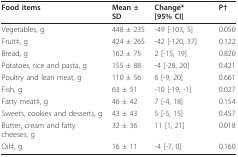
| Food items | Mean ± SD | Change* [95% CI] | P† |
 | --- | --- | --- | --- |
 | Vegetables, g | 448 ± 235 | -49 [-103, 5] | 0.050 |
 | Fruit‡, g | 424 ± 265 | -42 [-120, 37] | 0.122 |
 | Bread, g | 162 ± 75 | 2 [-15, 19] | 0.820 |
 | Potatoes, rice and pasta, g | 155 ± 88 | -4 [-28, 20] | 0.421 |
 | Poultry and lean meat, g | 110 ± 56 | 6 [-9, 20] | 0.661 |
 | Fish, g | 63 ± 51 | -10 [-19, -1] | 0.027 |
 | Fatty meat‡, g | 46 ± 42 | 7 [-4, 18] | 0.154 |
 | Sweets, cookies and desserts, g | 43 ± 43 | 5 [-5, 15] | 0.457 |
 | Butter, cream and fatty cheeses, g | 32 ± 36 | 11 [1, 21] | 0.018 |
 | Oil‡, g | 16 ± 11 | -4 [-7, 0] | 0.160 |